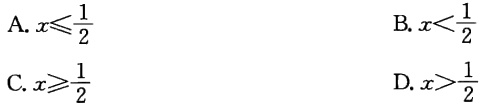
A. \(x\leqslant\frac{1}{2}\)

B. \(x<\frac{1}{2}\)

C. \(x\geqslant\frac{1}{2}\)

D. \(x>\frac{1}{2}\)